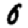
Digit: 0